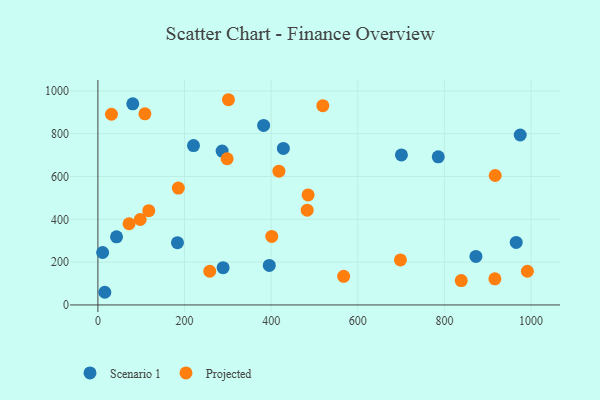
{"axis": {"x": "Ad Spend", "y": "Yield"}, "legend": ["Projected", "Scenario 1"], "data": [{"x": "700.8", "y": 701.0, "type": "Scenario 1"}, {"x": "10.9", "y": 245.0, "type": "Scenario 1"}, {"x": "965.8", "y": 292.3, "type": "Scenario 1"}, {"x": "286.8", "y": 718.8, "type": "Scenario 1"}, {"x": "395.7", "y": 184.8, "type": "Scenario 1"}, {"x": "220.7", "y": 744.5, "type": "Scenario 1"}, {"x": "16.0", "y": 59.2, "type": "Scenario 1"}, {"x": "785.8", "y": 692.1, "type": "Scenario 1"}, {"x": "183.7", "y": 290.7, "type": "Scenario 1"}, {"x": "289.1", "y": 174.3, "type": "Scenario 1"}, {"x": "382.6", "y": 838.5, "type": "Scenario 1"}, {"x": "872.8", "y": 226.7, "type": "Scenario 1"}, {"x": "80.5", "y": 939.4, "type": "Scenario 1"}, {"x": "428.2", "y": 731.2, "type": "Scenario 1"}, {"x": "43.0", "y": 318.2, "type": "Scenario 1"}, {"x": "975.1", "y": 793.9, "type": "Scenario 1"}, {"x": "31.3", "y": 890.9, "type": "Projected"}, {"x": "698.5", "y": 210.2, "type": "Projected"}, {"x": "117.4", "y": 440.4, "type": "Projected"}, {"x": "483.2", "y": 442.6, "type": "Projected"}, {"x": "258.2", "y": 157.5, "type": "Projected"}, {"x": "97.7", "y": 399.2, "type": "Projected"}, {"x": "917.3", "y": 604.8, "type": "Projected"}, {"x": "916.6", "y": 122.2, "type": "Projected"}, {"x": "401.4", "y": 320.3, "type": "Projected"}, {"x": "991.6", "y": 157.5, "type": "Projected"}, {"x": "298.4", "y": 683.0, "type": "Projected"}, {"x": "71.9", "y": 379.3, "type": "Projected"}, {"x": "301.4", "y": 958.7, "type": "Projected"}, {"x": "485.3", "y": 513.9, "type": "Projected"}, {"x": "567.4", "y": 133.6, "type": "Projected"}, {"x": "417.9", "y": 624.8, "type": "Projected"}, {"x": "838.9", "y": 113.7, "type": "Projected"}, {"x": "185.7", "y": 546.2, "type": "Projected"}, {"x": "519.3", "y": 930.7, "type": "Projected"}, {"x": "108.5", "y": 892.9, "type": "Projected"}]}